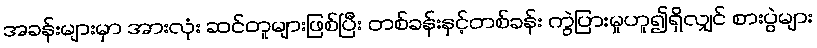
အခန်းများမှာ အားလုံး ဆင်တူများဖြစ်ပြီး တစ်ခန်းနှင့်တစ်ခန်း ကွဲပြားမှုဟူ၍ရှိလျှင် စားပွဲများ